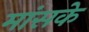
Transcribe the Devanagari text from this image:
मांसके